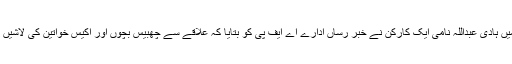
حمص میں ہادی عبداللہ نامی ایک کارکن نے خبر رساں ادارے اے ایف پی کو بتایا کہ علاقے سے چھبیس بچوں اور اکیس خواتین کی لاشیں ملی ہیں۔